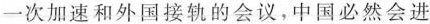
一次加速和外国接轨的会议，中国必然会进